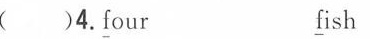
( )4.\underline{f}our \underline{f}ish